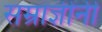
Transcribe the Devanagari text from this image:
सम्राज्ञींनी